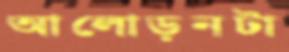
আলোড়নটা